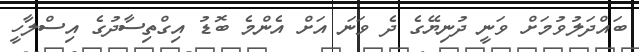
ބައްދަލުވުމަށް ވަނީ ދުނިޔޭގެ ދެ ވަނަ އަށް އެންމެ ބޮޑު އިގްތިސާދުގެ އިސްލާހީ